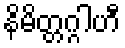
နိမိတ္တဂ္ဂါဟီ